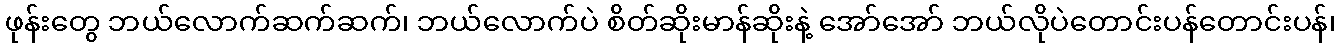
ဖုန်းတွေ ဘယ်လောက်ဆက်ဆက်၊ ဘယ်လောက်ပဲ စိတ်ဆိုးမာန်ဆိုးနဲ့ အော်အော် ဘယ်လိုပဲတောင်းပန်တောင်းပန်၊